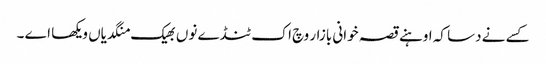
کسے نے دسا کہ اوہنے قصہ خوانی بازار وچ اک ٹنڈے نوں بھیک منگدیاں ویکھا اے ۔